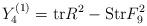
LaTeX: \begin{align*}Y_4^{(1)} = {\rm tr} R^2 - {\rm Str} F_9^2\end{align*}